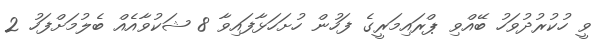
ވީ ހުކުރުދުވަހު ބޭއްވި ޕްރައިމަރީގެ ފަހުން ހުށަހަޅާފައިވާ 8 ޝަކުވާއެއް ބެލުމަށްފަހު 2